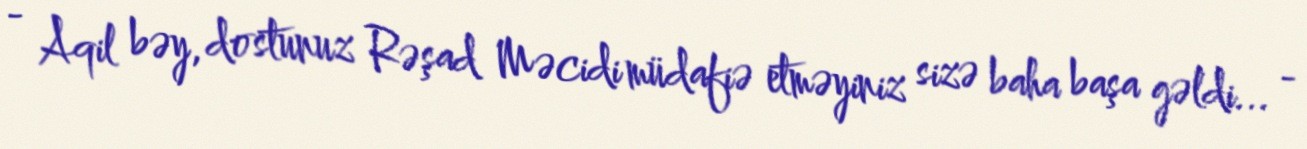
- Aqil bəy, dostunuz Rəşad Məcidi müdafiə etməyiniz sizə baha başa gəldi... -